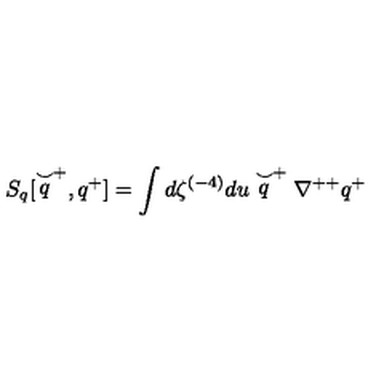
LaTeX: S _ { q } [ \stackrel { \smile } { q } ^ { + } , q ^ { + } ] = \int d \zeta ^ { ( - 4 ) } d u \stackrel { \smile } { q } ^ { + } \nabla ^ { + + } q ^ { + }